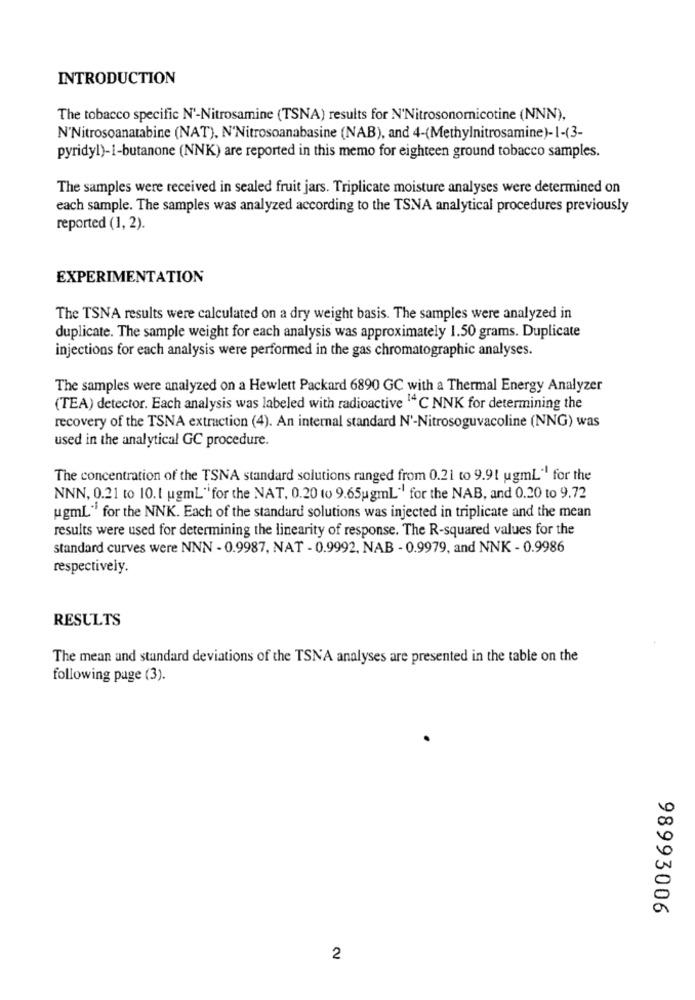
INTRODUCTION
The tobacco specific N'-Nitrosamine (TSNA) results for N'Nitrosonornicotine (NNN),
N'Nitrosoanatabine (NAT), N'Nitrosoanabasine (NAB), and 4-(Methylnitrosamine)-1-(3-
pyridyl)-1-butanone (NNK) are reported in this memo for eighteen ground tobacco samples.
The samples were received in sealed fruit jars. Triplicate moisture analyses were determined on
each sample. The samples was analyzed according to the TSNA analytical procedures previously
reported (1, 2).
EXPERIMENTATION
The TSNA results were calculated on a dry weight basis. The samples were analyzed in
duplicate. The sample weight for each analysis was approximately 1.50 grams. Duplicate
injections for each analysis were performed in the gas chromatographic analyses.
The samples were analyzed on a Hewlett Packard 6890 GC with a Thermal Energy Analyzer
(TEA) detector. Each analysis was labeled with radioactive "C NNK for determining the
recovery of the TSNA extraction (4). An internal standard N'-Nitrosoguvacoline (NNG) was
used in the analytical GC procedure.
The concentration of the TSNA standard solutions ranged from 0.21 to 9.91 ugmL" for the
NNN, 0.21 to 10.1 ugmL"for the NAT, 0.20 (o 9.65ugmL" for the NAB, and 0.20 to 9.72
ugmL" for the NNK. Each of the standard solutions was injected in triplicate and the mean
results were used for determining the linearity of response. The R-squared values for the
standard curves were NNN - 0.9987, NAT - 0.9992, NAB - 0.9979, and NNK - 0.9986
respectively.
RESULTS
The mean and standard deviations of the TSNA analyses are presented in the table on the
following page (3).
98993006
2